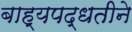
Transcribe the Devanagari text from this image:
बाह्यपद्धतीने